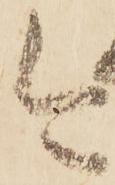
今